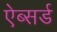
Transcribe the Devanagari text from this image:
ऐब्सर्ड